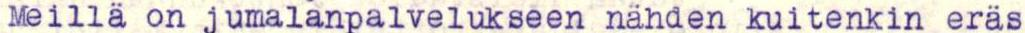
Meillä on jumalanpalvelukseen nähden kuitenkin eräs